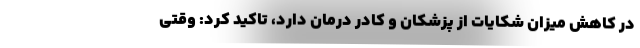
در کاهش میزان شکایات از پزشکان و کادر درمان دارد، تاکید کرد: وقتی